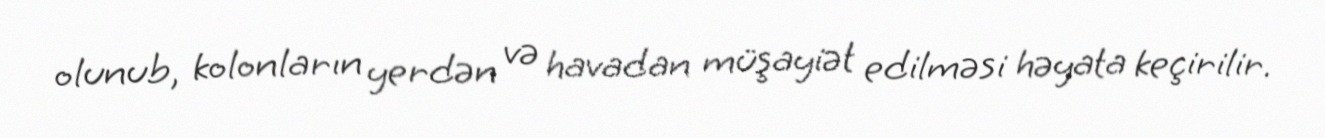
olunub, kolonların yerdən və havadan müşayiət edilməsi həyata keçirilir.